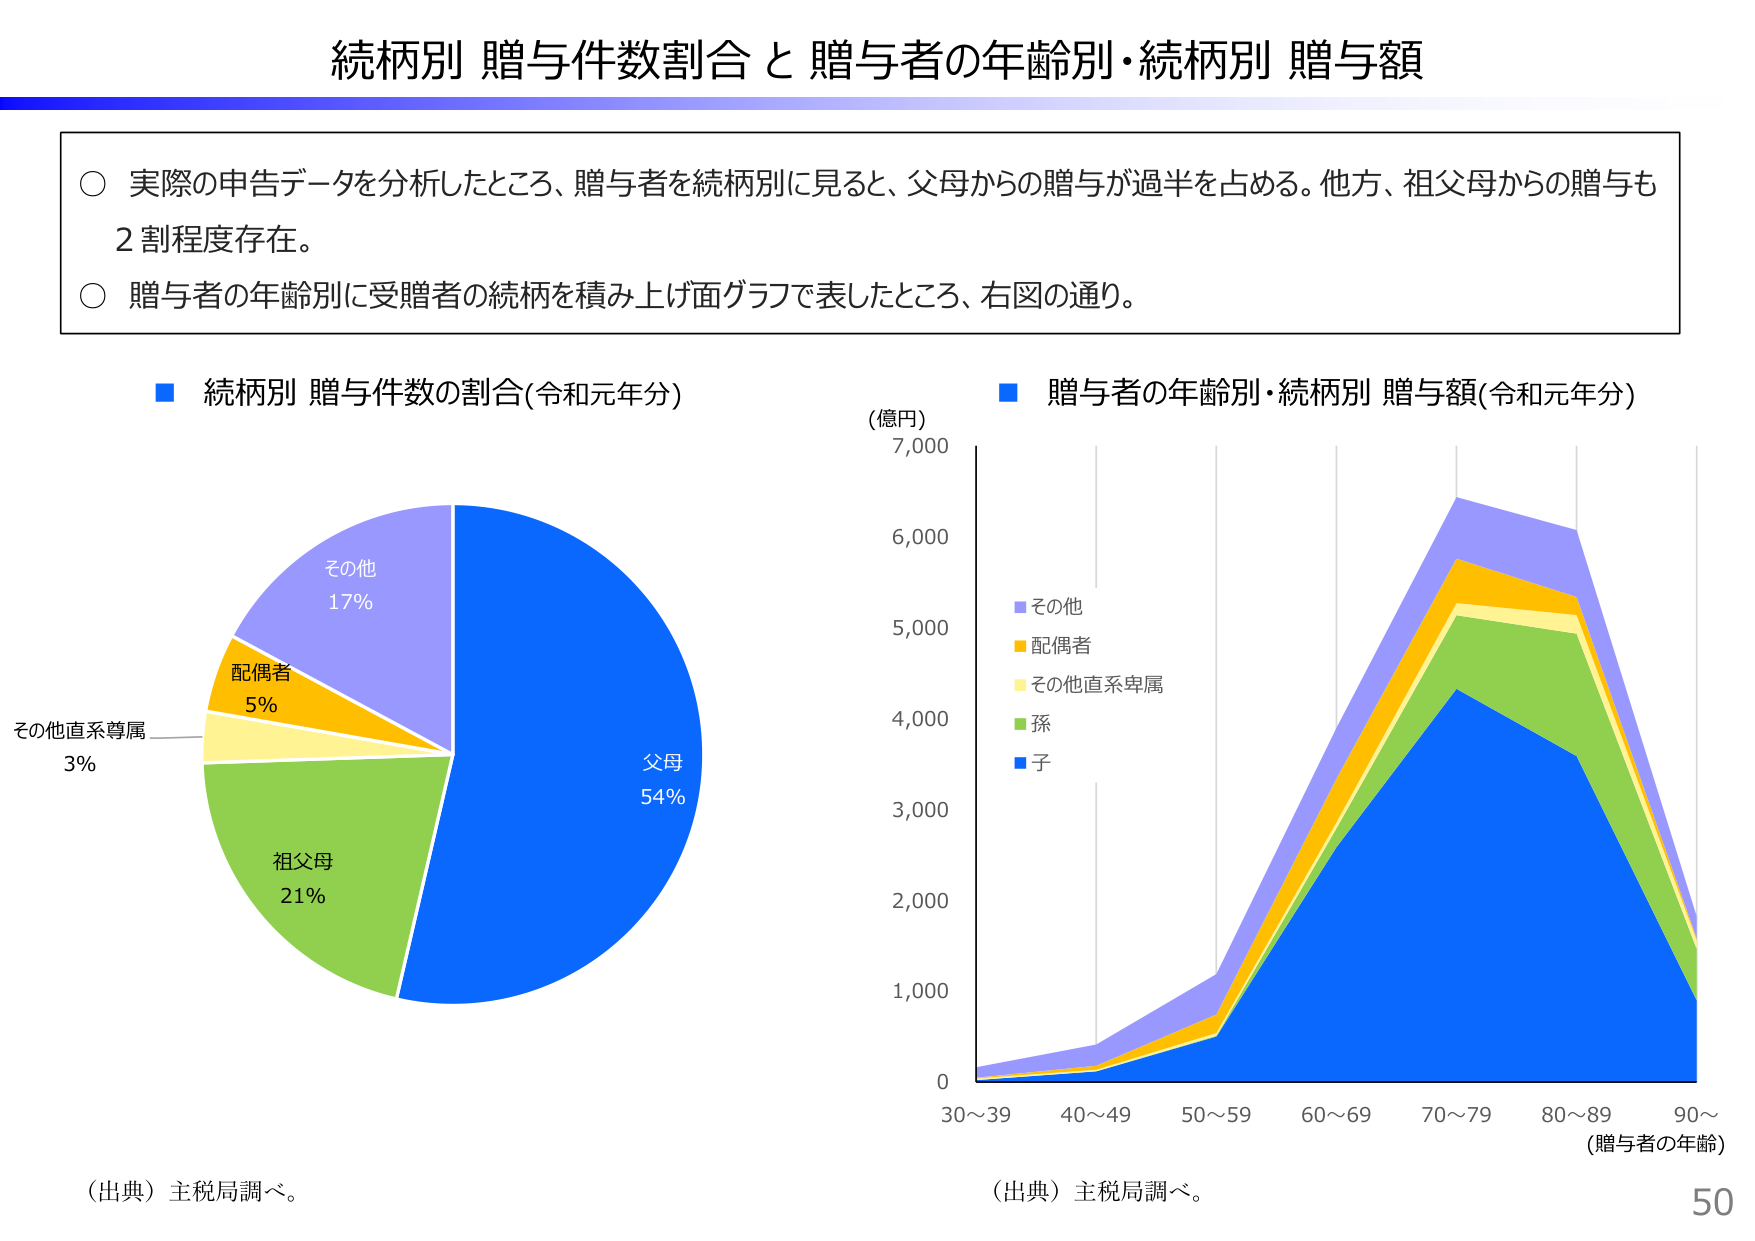
続柄別 贈与件数割合 と 贈与者の年齢別・続柄別 贈与額

○ 実際の申告データを分析したところ、贈与者を続柄別に見ると、父母からの贈与が過半を占める。他方、祖父母からの贈与も2割程度存在。
○ 贈与者の年齢別に受贈者の続柄を積み上げ面グラフで表したところ、右図の通り。

■ 続柄別 贈与件数の割合(令和元年分)
　　その他 17%
　　配偶者 5%
　　その他直系尊属 3%
　　祖父母 21%
　　父母 54%

(出典) 主税局調べ。

■ 贈与者の年齢別・続柄別 贈与額(令和元年分)
(億円)
7,000
6,000
5,000
4,000
3,000
2,000
1,000
0
30～39　40～49　50～59　60～69　70～79　80～89　90～
(贈与者の年齢)

■ その他
■ 配偶者
■ その他直系卑属
■ 孫
■ 子

(出典) 主税局調べ。

50